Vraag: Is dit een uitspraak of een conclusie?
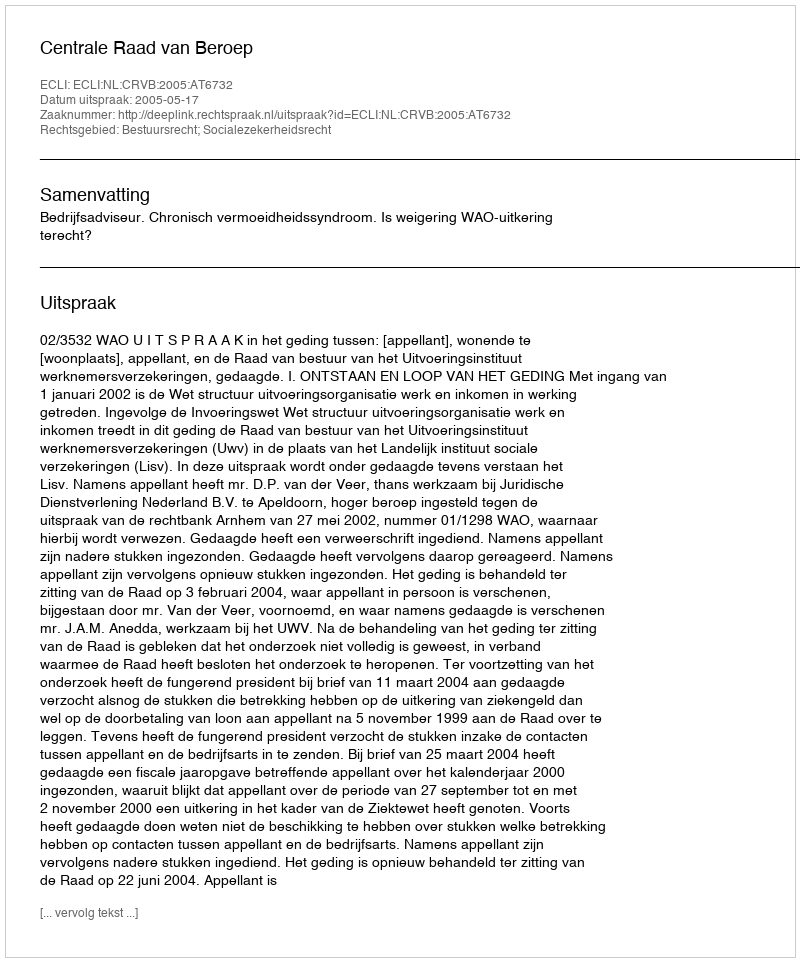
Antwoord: Uitspraak